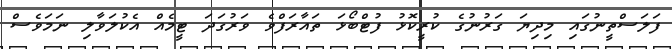
ފަލަސްތީނުގައި މިދިޔަ ގަރުނުގެ ކުރީކޮޅު ފުޓްބޯޅަ ތައާރަފްވެ ވަރުގަދަ ޓީމެއް އެކުލަވާލި ނަމަވެސް